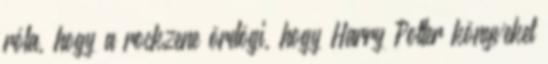
róla, hogy a rockzene ördögi, hogy Harry Potter könyveket